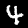
Digit: 4